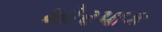
મોરપાક